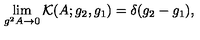
\lim _ { g ^ { 2 } A \to 0 } \mathcal { K } ( A ; g _ { 2 } , g _ { 1 } ) = \delta ( g _ { 2 } - g _ { 1 } ) ,